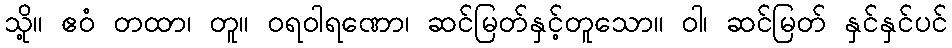
သို့။ ဧဝံ တထာ၊ တူ။ ဝရဝါရဏော၊ ဆင်မြတ်နှင့်တူသော။ ဝါ၊ ဆင်မြတ် နှင်နှင်ပင်